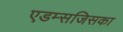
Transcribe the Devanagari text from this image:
एडम्सजिसका